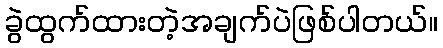
ခွဲထွက်ထားတဲ့အချက်ပဲဖြစ်ပါတယ်။